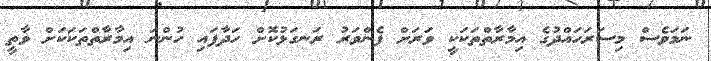
ނަމަވެސް މިސަރަހައްދުގެ އިމާރާތްތަކަކީ ވަރަށް ފެންވަރު ރަނގަޅުކޮށް ހަދާފައި ހުންނަ އިމާރާތްތަކަކަށް ވާތީ